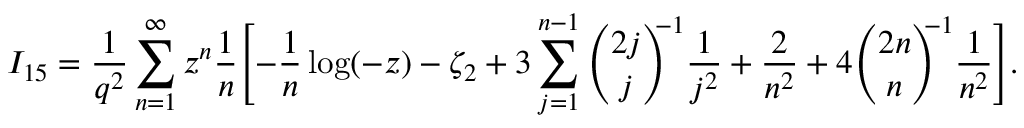
I _ { 1 5 } = \frac { 1 } { q ^ { 2 } } \sum _ { n = 1 } ^ { \infty } z ^ { n } \frac { 1 } { n } \Biggl [ - \frac { 1 } { n } \log ( - z ) - \zeta _ { 2 } + 3 \sum _ { j = 1 } ^ { n - 1 } { \binom { 2 j } { j } } ^ { \! \! \! - 1 } \frac { 1 } { j ^ { 2 } } + \frac { 2 } { n ^ { 2 } } + 4 { \binom { 2 n } { n } } ^ { \! \! \! - 1 } \frac { 1 } { n ^ { 2 } } \Biggr ] .